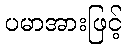
ပမာအားဖြင့်